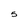
Character: 5